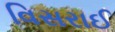
વિસરાઈ